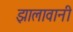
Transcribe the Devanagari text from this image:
झालावानी